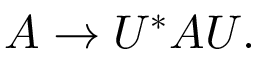
A \rightarrow U ^ { * } A U .